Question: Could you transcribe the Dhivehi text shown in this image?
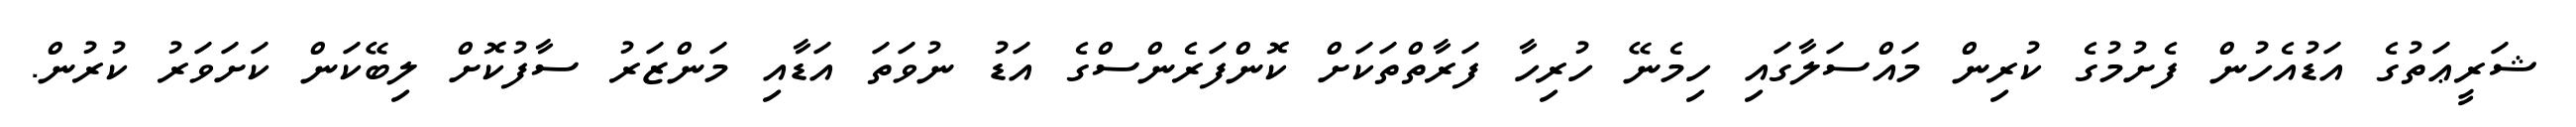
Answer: ޝަރީޢަތުގެ އަޑުއެހުން ފެށުމުގެ ކުރިން މައްސަލާގައި ހިމެނޭ ހުރިހާ ފަރާތްތަކަށް ކޮންފަރެންސްގެ އަޑު ނުވަތަ އަޑާއި މަންޒަރު ސާފުކޮށް ލިބޭކަން ކަށަވަރު ކުރުން.